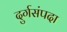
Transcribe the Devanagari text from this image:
दुर्गसंपदा